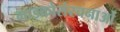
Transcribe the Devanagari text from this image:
माइक्रोसंरचनाओं